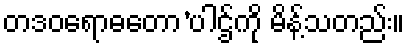
တဒဝရောဓတော’ပါဌ်ကို မိန့်သတည်း။